Report on enteric fever
Disease focus: Fever
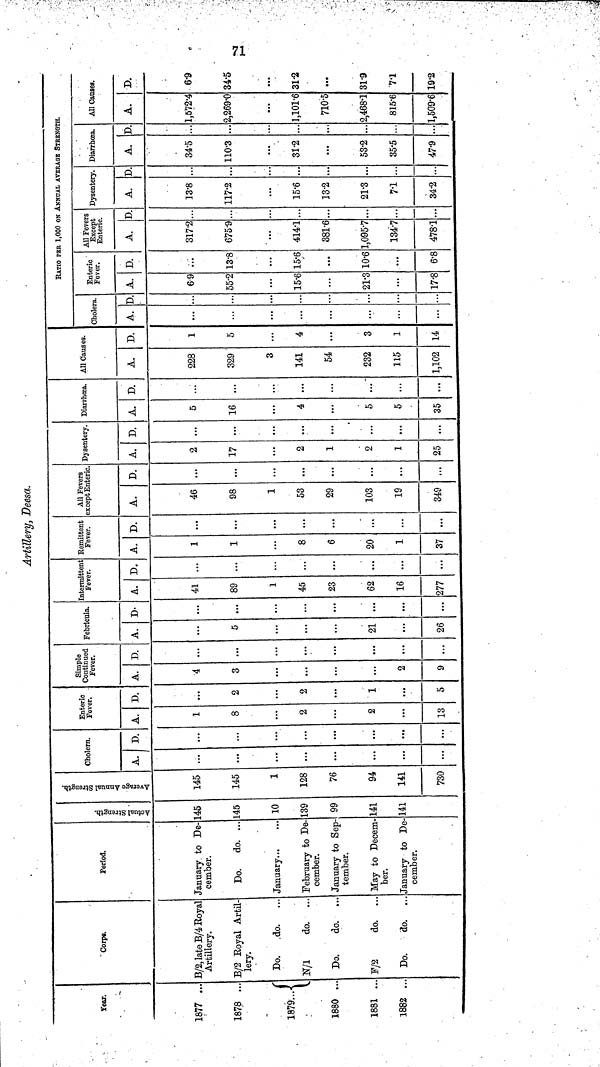
71
Artillery, Deesa.
Year.
1877 ...
1878 ...
1879...
1880 ...
1881 ..
1882 ..
Corps.
B/2, late B/4 Royal
Artillery.
B/2 Royal Artil-
lery.
Do.
do. ...
N/1
do. ...
Do.
do. ...
F/2
do. ...
Do.
do. ...
Period.
January to De-
cember.
Do. do. ...
January
February to De-
cember.
January to Sep-
tember.
May to Decem-
ber.
January to De-
cember.
Actual Strength.
145
145
10
139
99
141
141
Average Annual Strength.
145
145
1
128
76
94
141
730
Cholera.
A.
...
...
...
...
...
D.
...
...
...
...
Enteric
Fever.
A.
1
8
2
2
13
D.
...
2
2
1
5
Simple
Continued
Fever.
A.
4
3
...
2
9
D.
...
...
...
...
...
Febricula.
A.
...
5
21
...
26
D-
...
...
...
...
...
Intermittent
Fever.
A.
41
89
1
45
23
62
16
277
D.
...
...
...
...
...
...
...
...
Remittent
Fever.
A.
1
1
...
8
6
20
1
37
D.
...
...
...
...
...
...
...
...
All Fevers
except Enteric.
A.
46
98
1
53
29
103
19
349
D.
...
...
...
...
...
...
...
Dysentery.
A.
2
17
2
1
2
1
25
D.
...
...
...
...
...
...
...
Diarrhœa.
A.
5
16
4
...
5
5
35
D.
...
...
...
...
...
...
All Causes.
A.
228
329
3
141
54
232
115
1,102
D.
1
5
4
3
1
14
RATIO PER 1,000 ON ANNUAL AVERAGE STRENGTH.
Cholera.
A.
...
...
...
...
D
...
...
...
Enteric
Fever.
A.
6.9
55.2
15.6
21.3
17.8
D.
...
13.8
15.6
10.6
6.8
All Fevers
Except
Enteric.
A.
317.2
675.9
414.1
381.6
1,095.7
134.7
478.1
D.
...
...
...
...
...
...
Dysentery.
A.
13.8
117.2
15.6
13.2
21.3
7.1
34.2
D.
...
...
...
...
...
Diarrhœa.
A.
34.5
110.3
31.2
...
53.2
35.5
47.9
D.
...
...
...
...
...
All Causes.
A.
1,572.4
2,269.0
1,101.6
710.5
2,468.1
815.6
1,509.6
D.
6.9
34.5
31.2
31.9
71
19.2